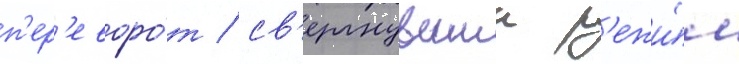
п'ер'еворо́т / св'ергнувшии р'ежи́м